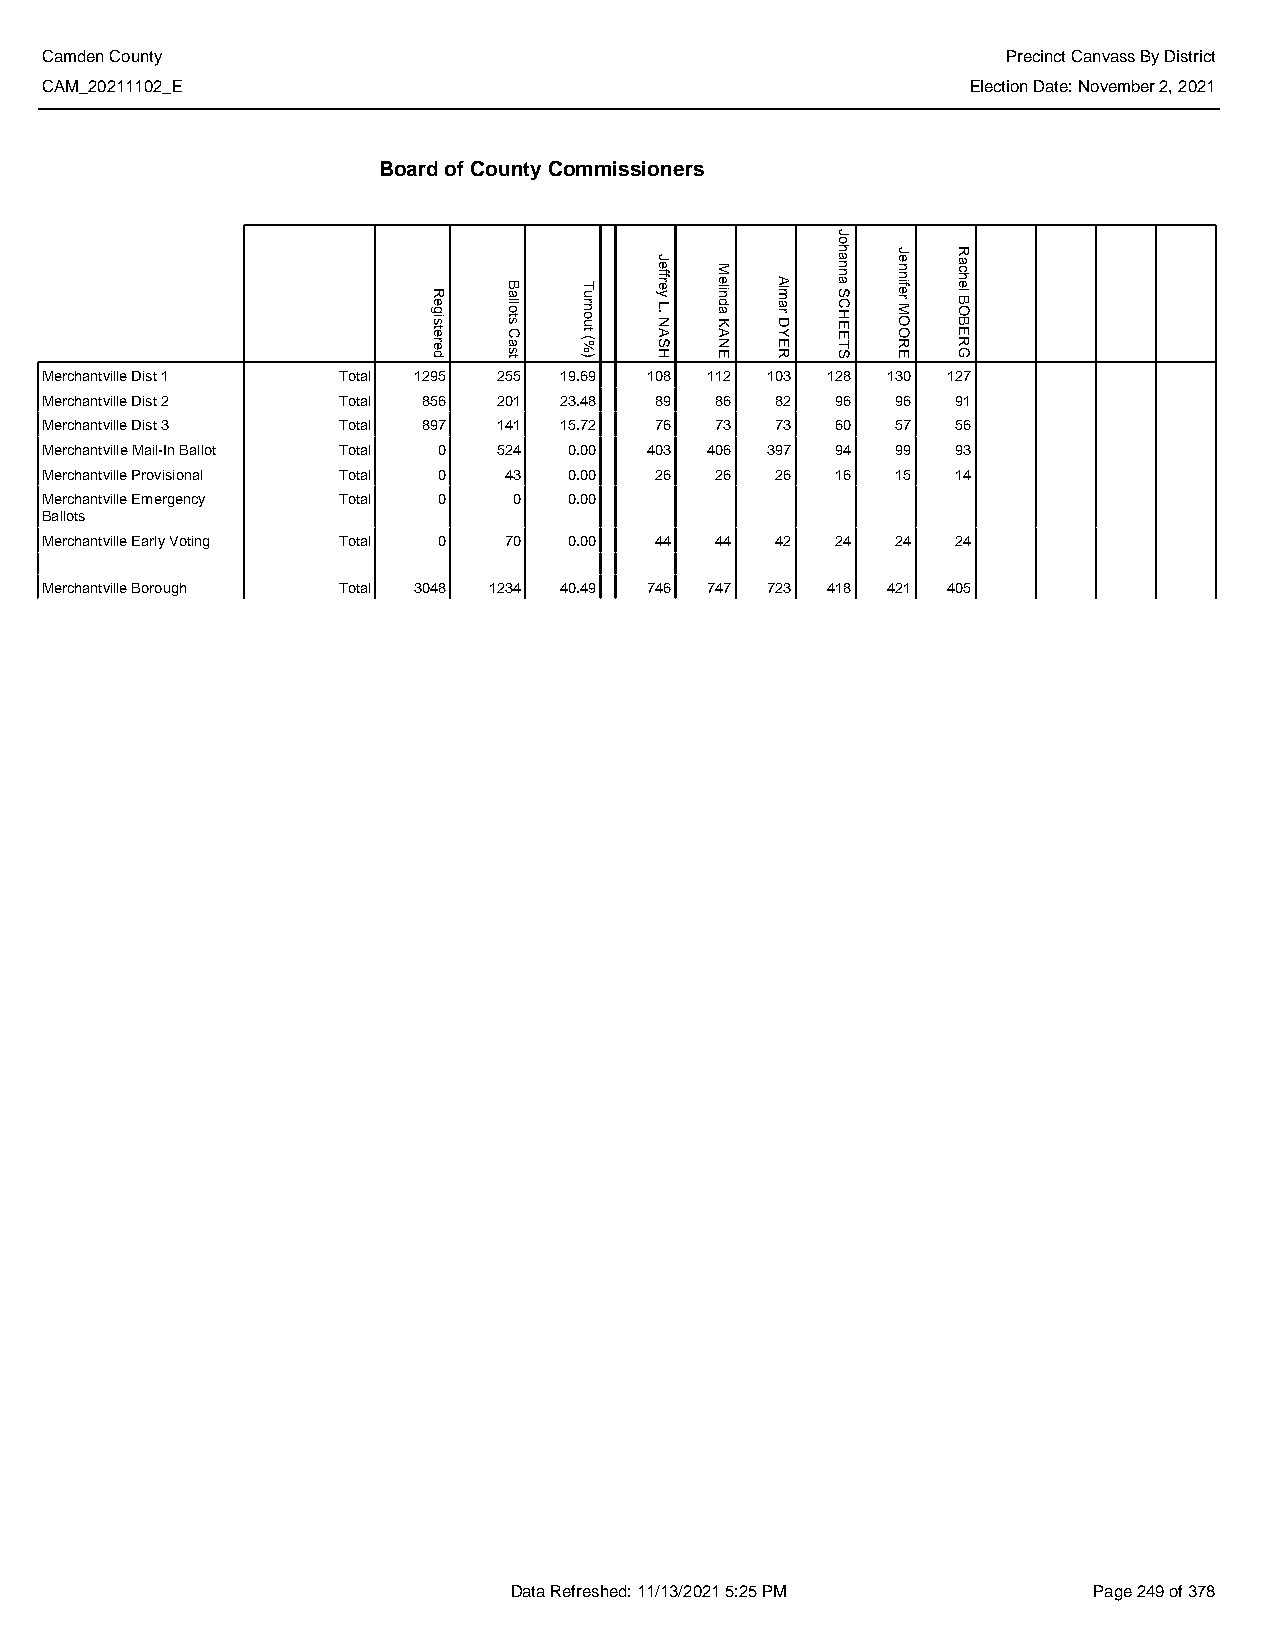
Camden County                                                   Precinct Canvass By District
 CAM_20211102_E                                               Election Date: November 2, 2021
 Board of County Commissioners
 Merchantville Dist 1 Total 1295 255 19.69 108 112 103 128 130 127
 Merchantville Dist 2 Total 856 201 23.48 89 86  82  96  96  91
 Merchantville Dist 3 Total 897 141 15.72 76 73  73  60  57  56
 Merchantville Mail-In Ballot Total 0 524 0.00 403 406 397 94 99 93
 Merchantville Provisional Total 0 43 0.00 26 26 26  16  15  14
 Merchantville Emergency Total 0 0  0.00
 Ballots
 Merchantville Early Voting Total 0 70 0.00 44 44 42 24  24  24
 Merchantville Borough Total 3048 1234 40.49 746 747 723 418 421 405
 Data Refreshed: 11/13/2021 5:25 PM    Page 249 of 378
 Registered
 Ballots
 Cast
 Turnout
 (%)
 Jeffrey
 L.
 NASH
 Melinda
 KANE
 Almar
 DYER
 Johanna
 SCHEETS
 Jennifer
 MOORE
 Rachel
 BOBERG